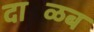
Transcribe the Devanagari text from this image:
दाळिंब